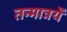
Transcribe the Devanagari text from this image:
तन्मात्रयें